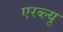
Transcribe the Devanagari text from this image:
एरब्ल्यू